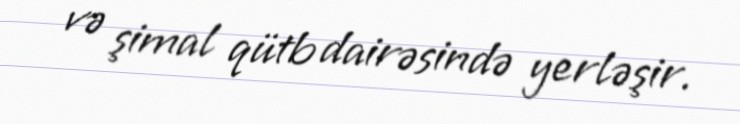
və şimal qütb dairəsində yerləşir.